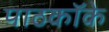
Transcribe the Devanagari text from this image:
पाठकॉके